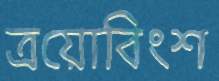
ত্রয়োবিংশ